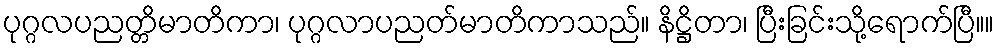
ပုဂ္ဂလပညတ္တိမာတိကာ၊ ပုဂ္ဂလာပညတ်မာတိကာသည်။ နိဋ္ဌိတာ၊ ပြီးခြင်းသို့ရောက်ပြီ။။